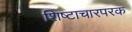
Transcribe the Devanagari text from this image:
शिष्टाचारपरक